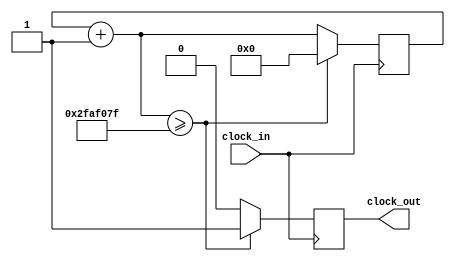
module clockdivider	(
					input clock_in,
					output reg clock_out
							);

reg [31:0] counter = 32'b0;
parameter FREQ_DIV = 32'd50000000; //clock_in/divider = clock_out

always @(posedge clock_in)
begin
	counter = counter+1;
	if(counter >= FREQ_DIV-1)
		begin
		counter <= 32'b0;
		clock_out <= 1'b1;
		end
	else clock_out <= 1'b0;
end

endmodule